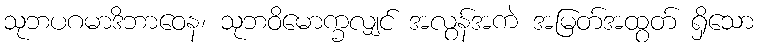
သုဘပဂမာဒိဘာဝေန၊ သုဘဝိမောက္ခလျှင် အလွန်အကဲ အမြတ်အထွတ် ရှိသော